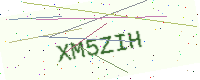
Text: XM5ZIH